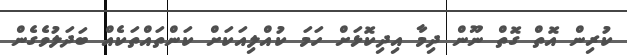
ކުރިން އޮތް ގޮތް ނޫން ދިމާ އިދިކޮޅަށް ހަމަ ކުއްލިއަކަށް ކަންތައްތަކެއް ބަދަލުވެގެން